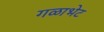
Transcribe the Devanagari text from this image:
गळाभेट